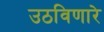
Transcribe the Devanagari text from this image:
उठविणारे